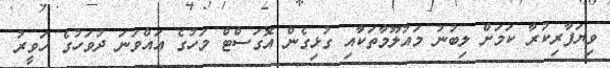
ވިޔަފާރިކުރާ ކަމަށް ލިބުނު މައުލޫމާތަކާއި ގުޅިގެން އޮގަސްޓް މަހުގެ އައްވަނަ ދުވަހުގެ ހަވީރު